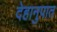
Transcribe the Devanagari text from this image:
देहानुपात